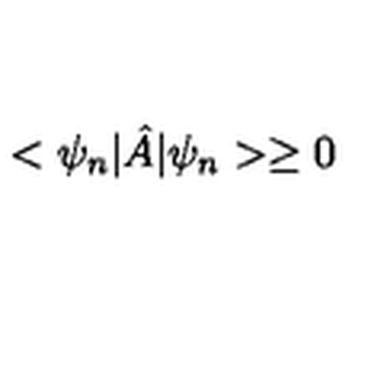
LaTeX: < \psi _ { n } | { \hat { A } } | \psi _ { n } > \geq 0